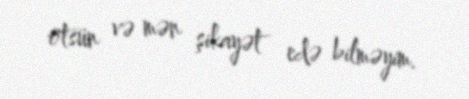
ötsün və mən şikayət edə bilməyim.